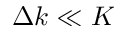
\Delta k \ll K